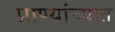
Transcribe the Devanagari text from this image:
प्राण्यांच्यात